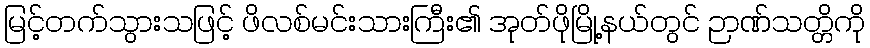
မြင့်တက်သွားသဖြင့် ဖိလစ်မင်းသားကြီး၏ အုတ်ဖိုမြို့နယ်တွင် ဉာဏ်သတ္တိကို